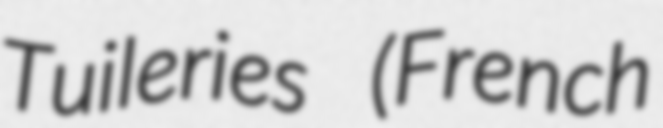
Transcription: Tuileries (French